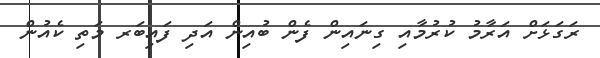
ރަގަޅަށް އަރާމު ކުރުމާއި ގިނައިން ފެން ބުއިން އަދި ފައިބަރ މަތި ކެއުން